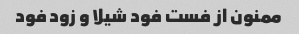
ممنون از فست فود شیلا و زود فود